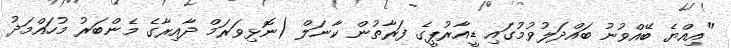
"އިއްޔެ ބޭއްވުނު ބައްދަލުވުމުގައި ޑީއާރުޕީގެ ފަރާތުން ކާނަލް (ނޮޅިވަރަމް ދާއިރާގެ މެންބަރު މުހައްމަދު